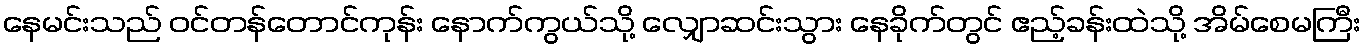
နေမင်းသည် ဝင်တန်တောင်ကုန်း နောက်ကွယ်သို့ လျှောဆင်းသွား နေခိုက်တွင် ဧည့်ခန်းထဲသို့ အိမ်စေမကြီး